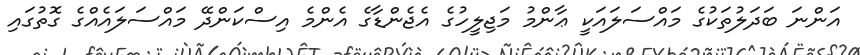
އަންނަ ބަދަލުތަކުގެ މައްސަލައަކީ ޢާންމު މަޖިލީހުގެ އެޖެންޑާގެ އެންމެ އިސްކަންދޭ މައްސަލައެއްގެ ގޮތުގައި